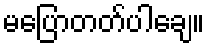
မပြောတတ်ပါချေ။